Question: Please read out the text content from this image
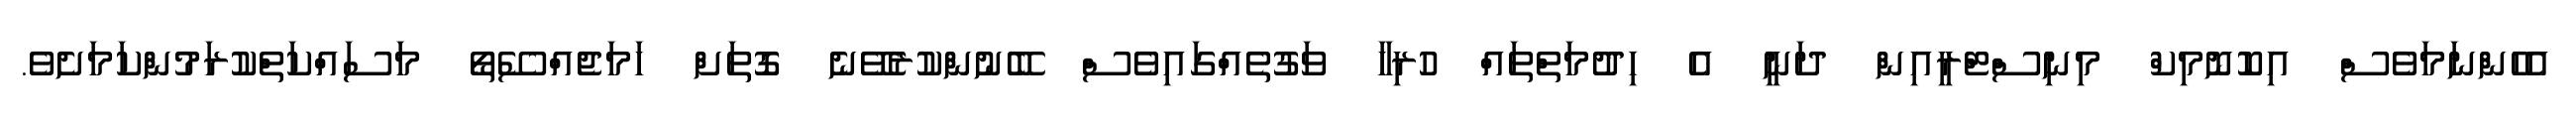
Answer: އެހެންނަމަވެސް އިކޮނޮމިކް މިނިސްޓްރީއިން ދަނީ އެ ހިދުމަތްތައް ހުރިހާ ވަގުތެއްގައިވެސް ބޭނުންކުރެވޭނެ ގޮތަށް ހަމަޖެއްސޭތޯ މަސައްކަތްކުރަމުންކަމަށެވެ.